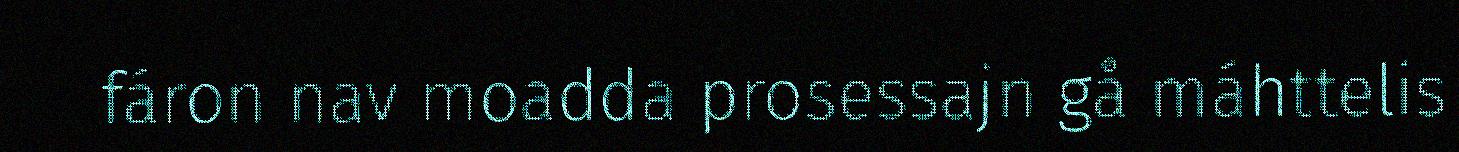
fáron nav moadda prosessajn gå máhttelis